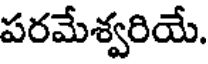
పరమేశ్వరియే.